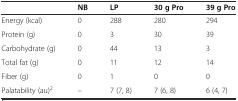
|  | NB | LP | 30 g Pro | 39 g Pro |
 | --- | --- | --- | --- | --- |
 | Energy (kcal) | 0 | 288 | 280 | 294 |
 | Protein (g) | 0 | 3 | 30 | 39 |
 | Carbohydrate (g) | 0 | 44 | 13 | 3 |
 | Total fat (g) | 0 | 11 | 12 | 14 |
 | Fiber (g) | 0 | 1 | 0 | 0 |
 | Palatability (au)2 | -- | 7 (7, 8) | 7 (6, 8) | 6 (4, 7) |